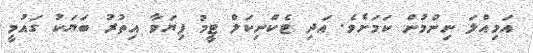
އަމިއްލަ ނިންމުން ކަމަށެވެ. އަދި ޓެކްނިކަލް ޓީމު ފިޔަވާ އިތުރު ބަޔަކު ގައުމީ